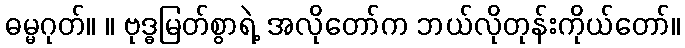
ဓမ္မဂုတ်။ ။ ဗုဒ္ဓမြတ်စွာရဲ့ အလိုတော်က ဘယ်လိုတုန်းကိုယ်တော်။